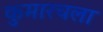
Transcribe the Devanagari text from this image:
कुमारचला